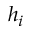
h _ { i }